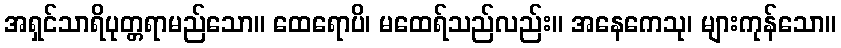
အရှင်သာရိပုတ္တရာမည်သော။ ထေရောပိ၊ မထေရ်သည်လည်း။ အနေကေသု၊ များကုန်သော။